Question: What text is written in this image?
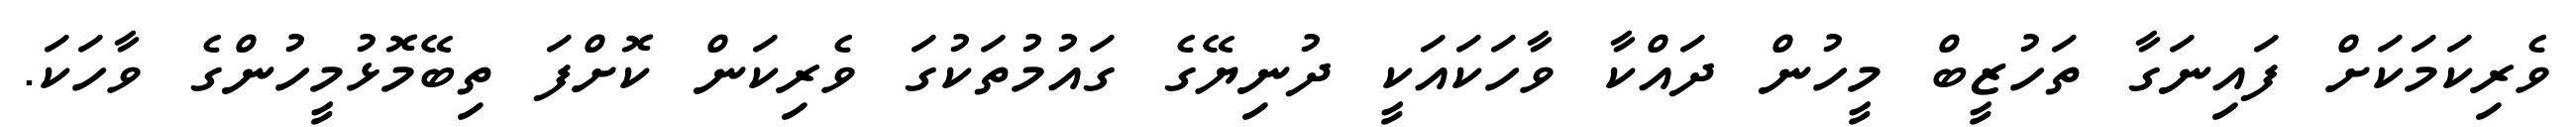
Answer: ވެރިކަމަކަށް ފައިނަގާ ތަހުޒީބް މީހުން ދައްކާ ވާހަކައަކީ ދުނިޔޭގެ ގައުމުތަކުގަ ވެރިކަން ކޮށްފަ ތިބޭމޮޅުމީހުންގެ ވާހަކަ.